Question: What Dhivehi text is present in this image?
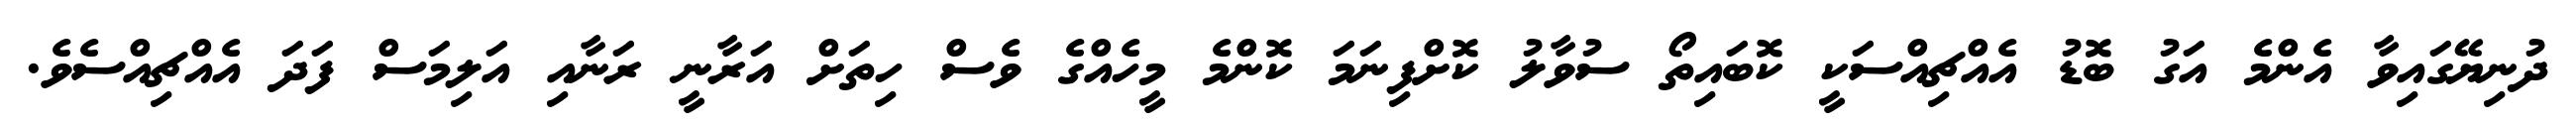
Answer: ދުނިޔޭގައިވާ އެންމެ އަގު ބޮޑު އެއްޗިއްސަކީ ކޮބައިތޯ ސުވާލު ކޮށްފިނަމަ ކޮންމެ މީހެއްގެ ވެސް ހިތަށް އަރާނީ ރަނާއި އަލިމަސް ފަދަ އެއްޗިއްސެވެ.